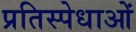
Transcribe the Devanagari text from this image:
प्रतिस्पेधाओं